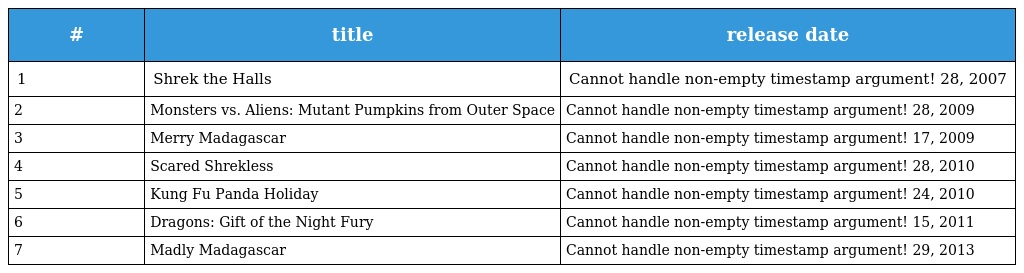
| # | title | release date |
 | --- | --- | --- |
 | 1 | Shrek the Halls | Cannot handle non-empty timestamp argument! 28, 2007 |
 | 2 | Monsters vs. Aliens: Mutant Pumpkins from Outer Space | Cannot handle non-empty timestamp argument! 28, 2009 |
 | 3 | Merry Madagascar | Cannot handle non-empty timestamp argument! 17, 2009 |
 | 4 | Scared Shrekless | Cannot handle non-empty timestamp argument! 28, 2010 |
 | 5 | Kung Fu Panda Holiday | Cannot handle non-empty timestamp argument! 24, 2010 |
 | 6 | Dragons: Gift of the Night Fury | Cannot handle non-empty timestamp argument! 15, 2011 |
 | 7 | Madly Madagascar | Cannot handle non-empty timestamp argument! 29, 2013 |